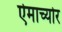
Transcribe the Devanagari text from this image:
ऐमाच्योर